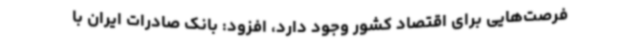
فرصت‌هایی برای اقتصاد کشور وجود دارد، افزود: بانک صادرات ایران با